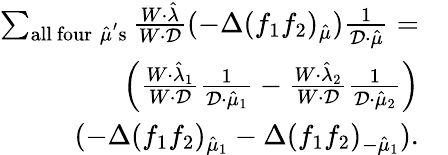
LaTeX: \begin{array}{rl}{\sum_{\mathrm{all~four}\; \hat{\mu}^{\mathrm{'}}\mathrm{s}}\frac{W\cdot\hat{\lambda}}{W\cdot\mathcal{D}}(-\Delta(f_{1}f_{2})_{\hat{\mu}})\frac{1}{\mathcal{D}\cdot\hat{\mu}}=}&{}\\ {\left(\frac{W\cdot\hat{\lambda}_{1}}{W\cdot\mathcal{D}}\frac{1}{\mathcal{D}\cdot\hat{\mu}_{1}}-\frac{W\cdot\hat{\lambda}_{2}}{W\cdot\mathcal{D}}\frac{1}{\mathcal{D}\cdot\hat{\mu}_{2}}\right)}&{}\\ {(-\Delta(f_{1}f_{2})_{\hat{\mu}_{1}}-\Delta(f_{1}f_{2})_{-\hat{\mu}_{1}}).}\end{array}